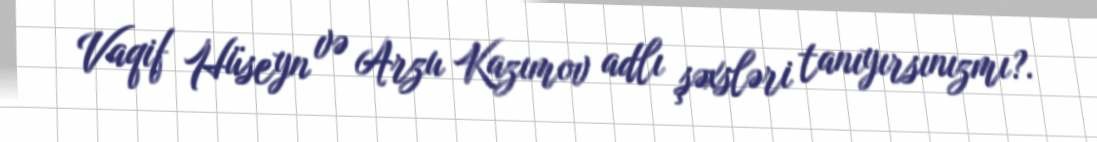
Vaqif Hüseyn və Arzu Kazımov adlı şəxsləri tanıyırsınızmı?.